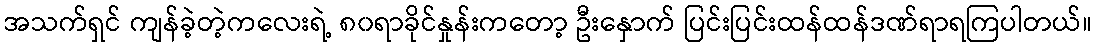
အသက်ရှင် ကျန်ခဲ့တဲ့ကလေးရဲ့ ၈၀ရာခိုင်နှုန်းကတော့ ဦးနှောက် ပြင်းပြင်းထန်ထန်ဒဏ်ရာရကြပါတယ်။